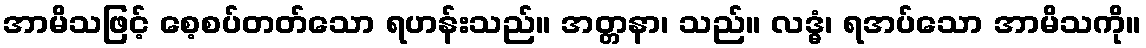
အာမိသဖြင့် စေ့စပ်တတ်သော ရဟန်းသည်။ အတ္တနာ၊ သည်။ လဒ္ဓံ၊ ရအပ်သော အာမိသကို။